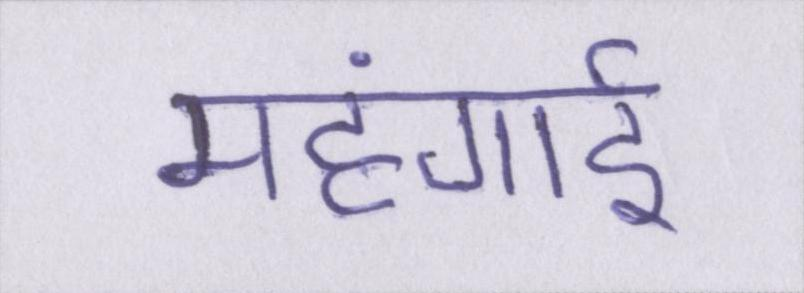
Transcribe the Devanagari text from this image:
महंगार्इ